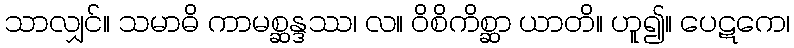
သာလျှင်။ သမာဓိ ကာမစ္ဆန္ဒဿ၊ လ။ ဝိစိကိစ္ဆာ ယာတိ။ ဟူ၍။ ပေဋကေ၊